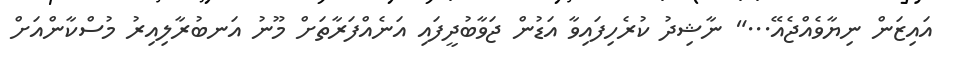
އައިޒަން ނިޔާވެއްޖެއޭ..." ނާޝިދު ކުރެހިފައިވާ އަޑުން ޖަވާބުދީފައި އަނެއްފަރާތަށް މޫނު އަނބުރާލިއިރު މުސްކާންއަށް